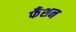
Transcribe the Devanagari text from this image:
फँशन